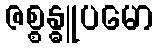
ဇစ္စန္ဓူပမော